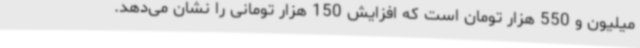
میلیون و 550 هزار تومان است که افزایش 150 هزار تومانی را نشان می‌دهد.